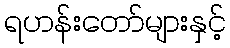
ရဟန်းတော်များနှင့်